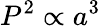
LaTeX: P^{2}\propto a^{3}